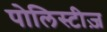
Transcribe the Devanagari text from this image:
पोलिस्टीज़